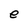
Character: e